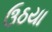
ઉઠયા